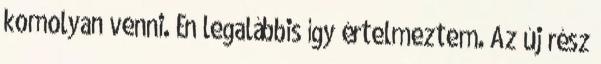
komolyan venni. Én legalábbis így értelmeztem. Az új rész